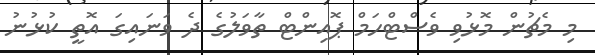
މި މެޗުން މޮޅުވި ވެެސްޓްހަމް ޕޮއިންޓް ތާވަލުގެ ދެ ވަނައިގަ އޮތީ ކުޅުނު